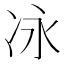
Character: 𫥆